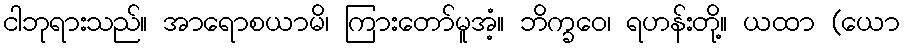
ငါဘုရားသည်။ အာရောစယာမိ၊ ကြားတော်မူအံ့။ ဘိက္ခဝေ၊ ရဟန်းတို့။ ယထာ (ယော